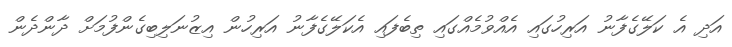
އަދި އެ ކަލޭގެފާނު އަރިހުގައި އެއްވުމެއްގައި ތިބެފައި އެކަލޭގެފާނު އަރިހުން އިޒުނަލިބިގެންފުމަށް ދާންދެން